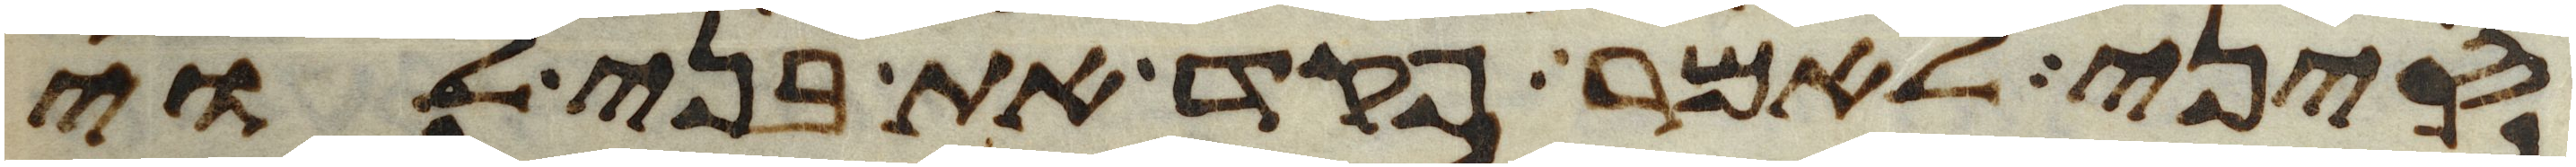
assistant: סיני לאמר פקד את בני לוי